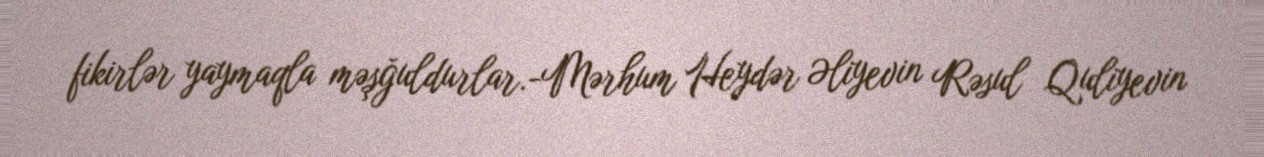
fikirlər yaymaqla məşğuldurlar.-Mərhum Heydər Əliyevin Rəsul Quliyevin